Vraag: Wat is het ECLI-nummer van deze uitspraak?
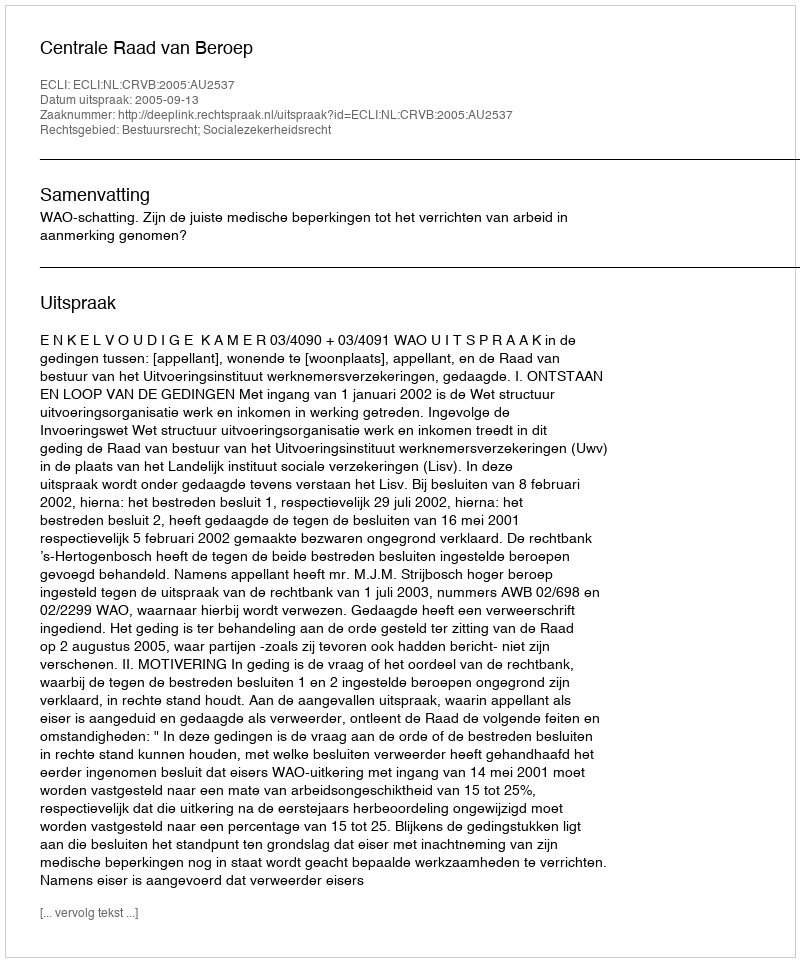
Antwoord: ECLI:NL:CRVB:2005:AU2537